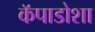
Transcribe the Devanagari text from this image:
कॅपाडोशा